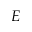
E